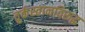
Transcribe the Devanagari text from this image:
तुर्कस्तानविरूद्ध